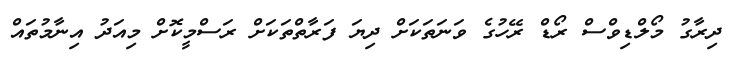
ދިރާގު މޯލްޑިވްސް ރޯޑް ރޭހުގެ ވަނަތަކަށް ދިޔަ ފަރާތްތަކަށް ރަސްމީކޮށް މިއަދު އިނާމުތައް